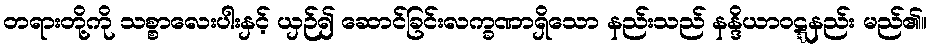
တရားတို့ကို သစ္စာလေးပါးနှင့် ယှဉ်၍ ဆောင်ခြင်းလက္ခဏာရှိသော နည်းသည် နန္ဒိယာဝဋ္ဋနည်း မည်၏။